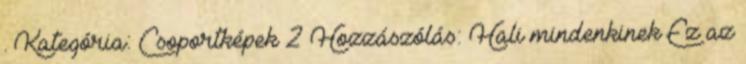
. Kategória: Csoportképek 2 Hozzászólás: Hali mindenkinek Ez az